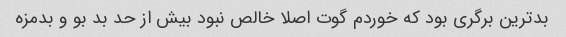
بدترین برگری بود که خوردم گوت اصلا خالص نبود بیش از حد بد بو و بدمزه